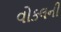
વોકલની